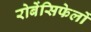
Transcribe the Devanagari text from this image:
रोबेंसिफेलों